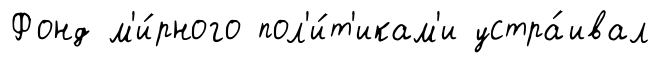
Фонд м'и́рного пол'и́т'икам'и устра́ивал